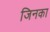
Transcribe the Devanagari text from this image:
जिनका